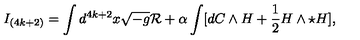
I _ { ( 4 k + 2 ) } = \int d ^ { 4 k + 2 } x \sqrt { - g } { \cal R } + \alpha \int [ d C \wedge H + { \frac { 1 } { 2 } } H \wedge \star H ] ,